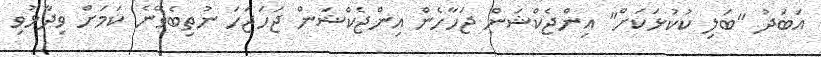
އަބަދު "ބަލި ކުކުޅަކަށް" އިންޖެކްޝަން ޖަހާހެން އިންޖެކްޝަން ޖަހަޖަހަ ނުތިބެވޭނެ ކަމަށް ވިދާޅުވި